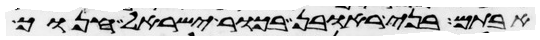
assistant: אבותם בני ראובן בכור ישראל חנוך